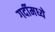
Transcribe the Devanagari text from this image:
गर्दीमध्ये